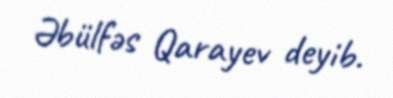
Əbülfəs Qarayev deyib.